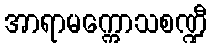
အာရာမက္ကောသစဏ္ဍီ